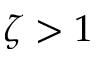
\zeta > 1